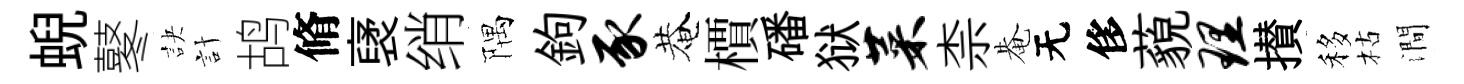
蜺鼕訣計鸪脩裦绡隅鉤豕菴檟磻狱菜柰𤲅无侈藐理攅移枯澗